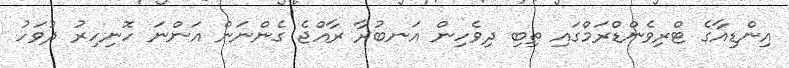
އިންޑިއާގެ ޓްރިވެންޑްރަމްގައި ތިބި ދިވެހިން އަނބުރާ ރާއްޖެ ގެންނަން އަންނަ ހޮނިހިރު ދުވަހު